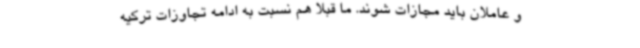
و عاملان باید مجازات شوند. ما قبلا هم نسبت به ادامه تجاوزات ترکیه